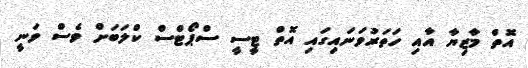
އޮތް މާޒިޔާ އާއި ހަތަރުވަނައިގައި އޮތް ޓީސީ ސްޕޯޓްސް ކްލަބަށް ވެސް ވަނީ